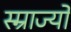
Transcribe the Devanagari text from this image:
स्म्राज्यों